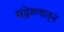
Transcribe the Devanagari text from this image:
संश्लेशणातून